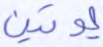
يؤتين